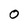
Character: O